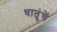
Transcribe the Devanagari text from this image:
धातुंचें